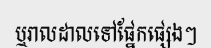
ឬរាលដាលទៅផ្នែកផ្សេងៗ